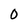
Character: 0